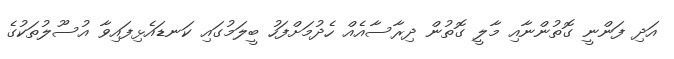
އަދި ފަންނީ ގޮތުންނާއި މާލީ ގޮތުން ދިރާސާއެއް ހެދުމަށްފަހު ބީލަމުގައި ކަނޑައެޅިފައިވާ އުސޫލުތަކުގެ